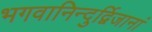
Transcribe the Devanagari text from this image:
भगवानिन्दुर्द्विजानां